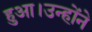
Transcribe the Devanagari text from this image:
हुआ।उन्होंने